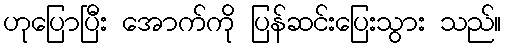
ဟုပြောပြီး အောက်ကို ပြန်ဆင်းပြေးသွား သည်။